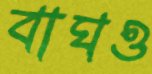
বাঘও